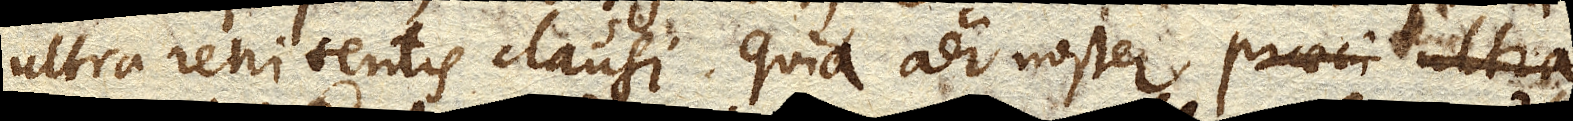
ultra renitentis clausi. Quia aer noster